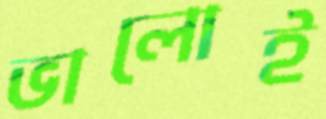
ভালোই